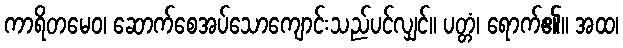
ကာရိတမေဝ၊ ဆောက်စေအပ်သောကျောင်းသည်ပင်လျှင်။ ပတ္တံ၊ ရောက်၏။ အထ၊